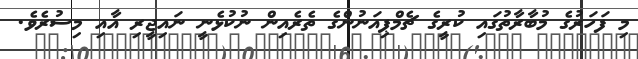
މި ފަހަރުގެ މުބާރާތުގައި ކުރީގެ ޗެމްޕިއަނުންގެ ތެރެއިން ނުކުޅެނީ ނައިޖީރި އާއި މިސުރެވެ.